Code of medical and sanitary regulations for the guidance of medical officers serving in the Madras Presidency - Volume II
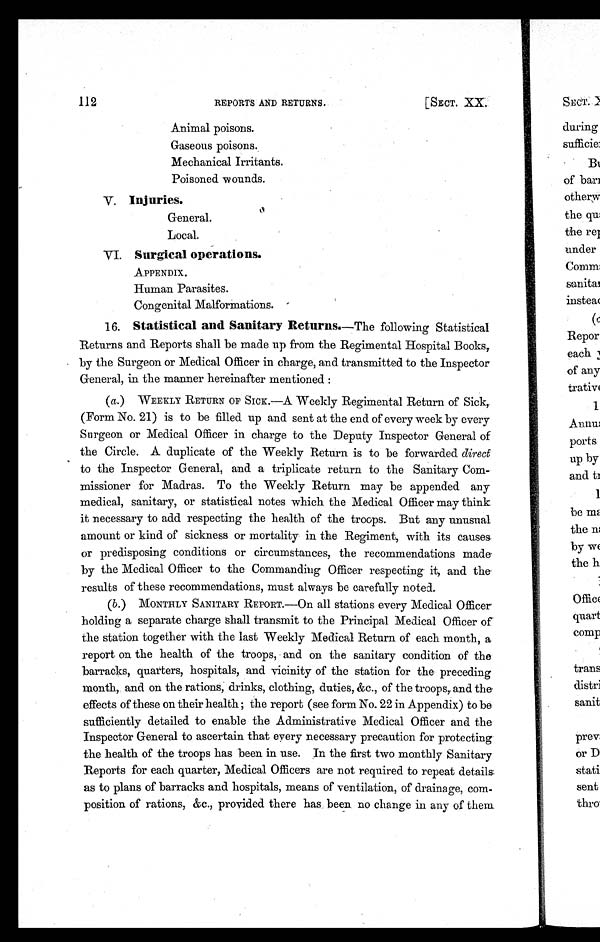
112
REPORTS AND RETURNS.
[SECT. XX.
Animal poisons.
Gaseous poisons.
Mechanical Irritants.
Poisoned wounds.
V. Injuries.
General.
Local.
VI. Surgical operations.
APPENDIX.
Human Parasites.
Congenital Malformations.
16. Statistical and Sanitary Returns. —The following Statistical
Returns and Reports shall be made up from the Regimental Hospital Books,
by the Surgeon or Medical Officer in charge, and transmitted to the Inspector
General, in the manner hereinafter mentioned :
(a.) WEEKLY RETURN OP SICK.—A Weekly Regimental Return of Sick,
(Form No. 21) is to be filled up and sent at the end of every week by every
Surgeon or Medical Officer in charge to the Deputy Inspector General of
the Circle. A duplicate of the Weekly Return is to be forwarded dire
c
t to the Inspector General, and a triplicate return to the Sanitary Com-
missioner for Madras. To the Weekly Return may be appended any
medical, sanitary, or statistical notes which the Medical Officer may think
it necessary to add respecting the health of the troops. But any unusual
amount or kind of sickness or mortality in the Regiment, with its causes
or predisposing conditions or circumstances, the recommendations made
by the Medical Officer to the Commanding Officer respecting it, and the
results of these recommendations, must always be carefully noted.
(b.) MONTHLY SANITARY REPORT.—On all stations every Medical Officer
holding a separate charge shall transmit to the Principal Medical Officer of
the station together with the last Weekly Medical Return of each month, a
report on the health of the troops, and on the sanitary condition of the
barracks, quarters, hospitals, and vicinity of the station for the preceding
month, and on the rations, drinks, clothing, duties, &c., of the troops, and the
effects of these on their health ; the report (see form No. 22 in Appendix) to be
sufficiently detailed to enable the Administrative Medical Officer and the
Inspector General to ascertain that every necessary precaution for protecting
the health of the troops has been in use. In the first two monthly Sanitary
Reports for each quarter, Medical Officers are not required to repeat details
as to plans of barracks and hospitals, means of ventilation, of drainage, com-
position of rations, &c., provided there has been no change in any of them.